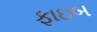
ફાઇબ